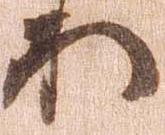
わ